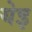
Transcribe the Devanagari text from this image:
येइ